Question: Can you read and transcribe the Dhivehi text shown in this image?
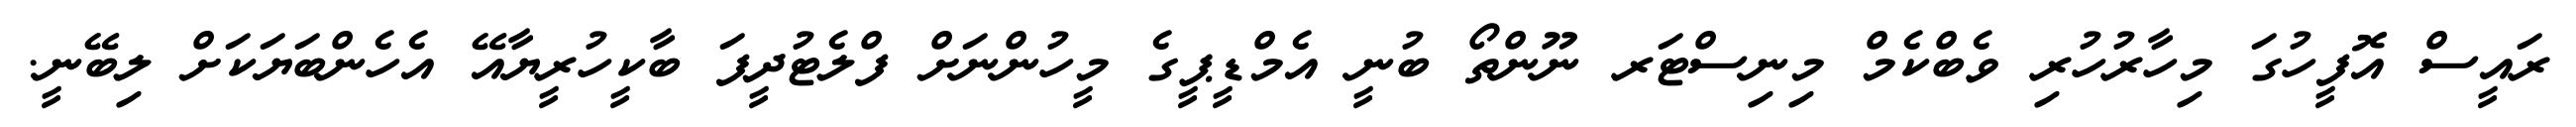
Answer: ރައީސް އޮފީހުގަ މިހާރުހުރި ވެބްކެމް މިނިސްޓަރ ނޫންތޯ ބުނީ އެމްޑީޕީގެ މީހުންނަށް ފްލެޓުދީފަ ބާކީހުރީޔާއޭ އެހެންބަޔަކަށް ލިބޭނީ.